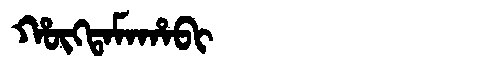
Manchu: ᡥᡡᡴᡨᠠᠮᠠᡥᠠᠪᡳ
Romanization: HŪKTAMAHABI